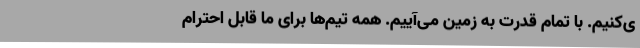
ی‌کنیم. با تمام قدرت به زمین می‌آییم. همه تیم‌ها برای ما قابل احترام